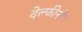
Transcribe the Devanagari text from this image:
देल्फीनो